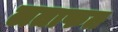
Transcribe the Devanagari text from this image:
लताफत